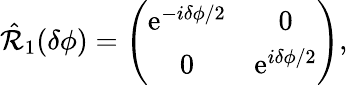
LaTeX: \begin{array}{r}{\hat{\mathcal{R}}_{1}(\delta\phi)=\left(\begin{array}{cc}{\mathrm{e}^{-i\delta\phi/2}}&{0}\\ {0}&{\mathrm{e}^{i\delta\phi/2}}\end{array}\right),}\end{array}